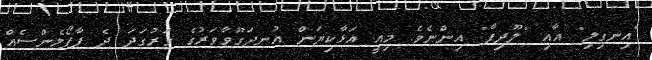
"އިނގިލި" އާއި "ލޫދިފާ" އިންނެވެ. މިއީ އަޅާކިޔަން އުނދަގޫވާވަރުގެ ވަރުގަދަ ދެ ޕާފޯމެންސެއް